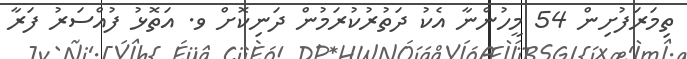
ތިމަރަފުށިން 54 މީހުންނާ އެކު ދަތުރުކުރަމުން ދަނިކޮށް ވ. އަތޮޅު ފުއްސަރު ފަރާ